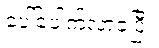
ပေါ်ပေါက်လာခဲ့ပြီ။